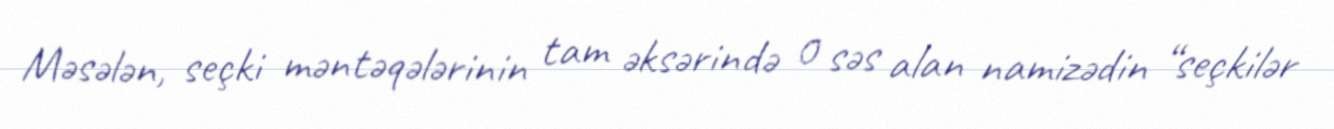
Məsələn, seçki məntəqələrinin tam əksərində 0 səs alan namizədin “seçkilər